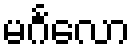
မင်္ဂလော